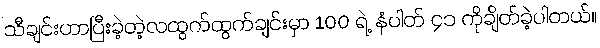
သီချင်းဟာပြီးခဲ့တဲ့လထွက်ထွက်ချင်းမှာ 100 ရဲ့ နံပါတ် ၄၁ ကိုချိတ်ခဲ့ပါတယ်။